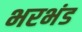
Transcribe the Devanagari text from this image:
भरभंड